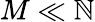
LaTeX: M\ll\mathbb{N}